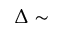
\Delta \sim